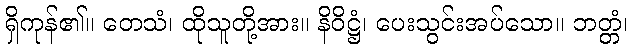
ရှိကုန်၏။ တေသံ၊ ထိုသူတို့အား။ နိဝိဋ္ဌံ၊ ပေးသွင်းအပ်သော။ ဘတ္တံ၊